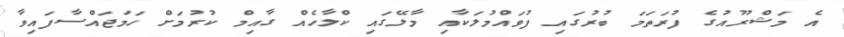
އެ މަޝްރޫއުގެ ފުރަތަމަ ބުރުގައި ފުވައްމުލަކާއި މާލޭގައި ކްލާހެއް ގާއިމް ކުރުމަށް ހަމަޖައްސާފައިވާ